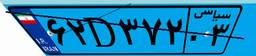
۷۹D۴۱۳۲۹